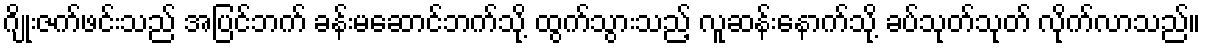
ဂျိုးဇက်ဖင်းသည် အပြင်ဘက် ခန်းမဆောင်ဘက်သို့ ထွက်သွားသည့် လူဆန်းနောက်သို့ ခပ်သုတ်သုတ် လိုက်လာသည်။